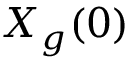
X _ { g } ( 0 )